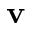
\mathbf { v }